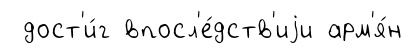
дост'и́г впосл'е́дств'иjи арм'я́н